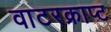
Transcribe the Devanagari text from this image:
वाटरक्राप्ट